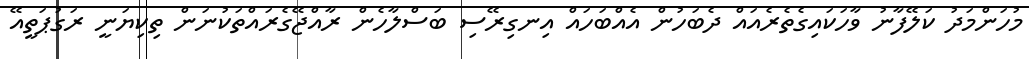
މުހަންމަދު ކަލޭފާނު ވާހަކައިގެތެރެއައް ދެބަހުން އެއްބަހައް އިނގިރޭސި ބަސްލާހެން ރާއްޖޭގެރައްތަކުނަން ތިކިޔަނީ ރަގުޕަތީއޭ